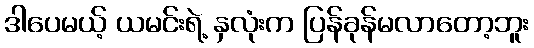
ဒါပေမယ့် ယမင်းရဲ့ နှလုံးက ပြန်ခုန်မလာတော့ဘူး